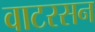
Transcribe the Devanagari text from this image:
वाटरसन